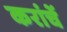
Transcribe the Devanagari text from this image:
करांचें